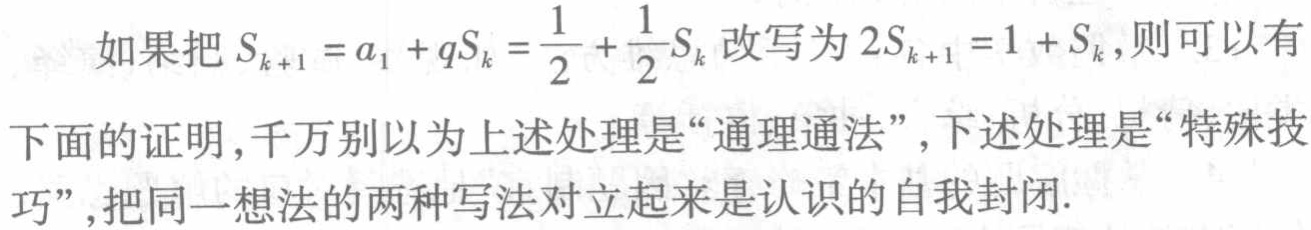
如果把 \(S_{k + 1} = a_1 + qS_k = \frac{1}{2} + \frac{1}{2}S_k\) 改写为 \(2S_{k + 1} = 1 + S_k\)，则可以有下面的证明，千万别以为上述处理是“通理通法”，下述处理是“特殊技巧”，把同一想法的两种写法对立起来是认识的自我封闭.